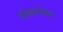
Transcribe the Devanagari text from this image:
नोकर्माहार